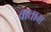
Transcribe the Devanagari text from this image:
वाताम